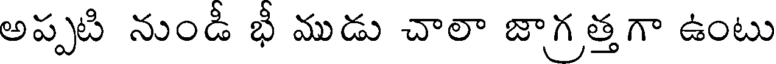
అప్పటి నుండీ భీ ముడు చాలా జాగ్రత్తగా ఉంటు